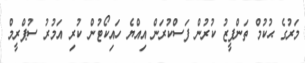
މަރުގެ ޙުކުމް ތަންފީޒު ކުރުން ފަސްކުރަން އިއްޔެ ހައިކޯޓުން ކުރި އަމުރު ސުޕްރީމް